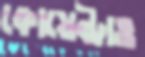
কোয়েন্ট্রাও